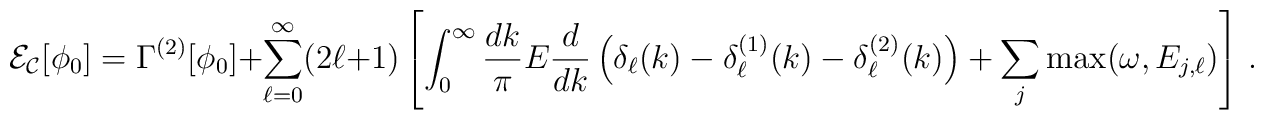
{\cal E_C}[\phi_0] = \Gamma^{(2)}[\phi_0]+ \sum_{\ell=0}^\infty (2\ell + 1)\left[ \int_0^\infty \frac{dk}{\pi} E \frac{d}{dk}\left(\delta_\ell(k) - \delta^{(1)}_\ell(k) - \delta^{(2)}_\ell(k) \right)+ \sum_j \mbox{max}(\omega, E_{j,\ell}) \right] \,.